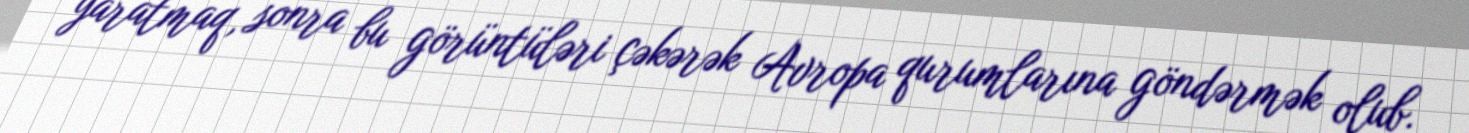
yaratmaq, sonra bu görüntüləri çəkərək Avropa qurumlarına göndərmək olub.